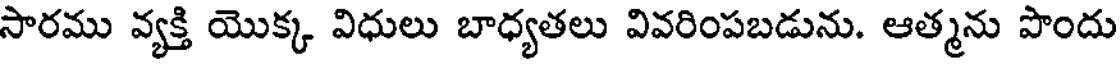
సారము వ్యక్తి యొక్క విధులు బాధ్యతలు వివరింపబడును. ఆత్మను పొందు